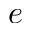
{ e }